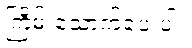
ကြိမ် သောက်ပေးပါ။